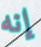
إنه